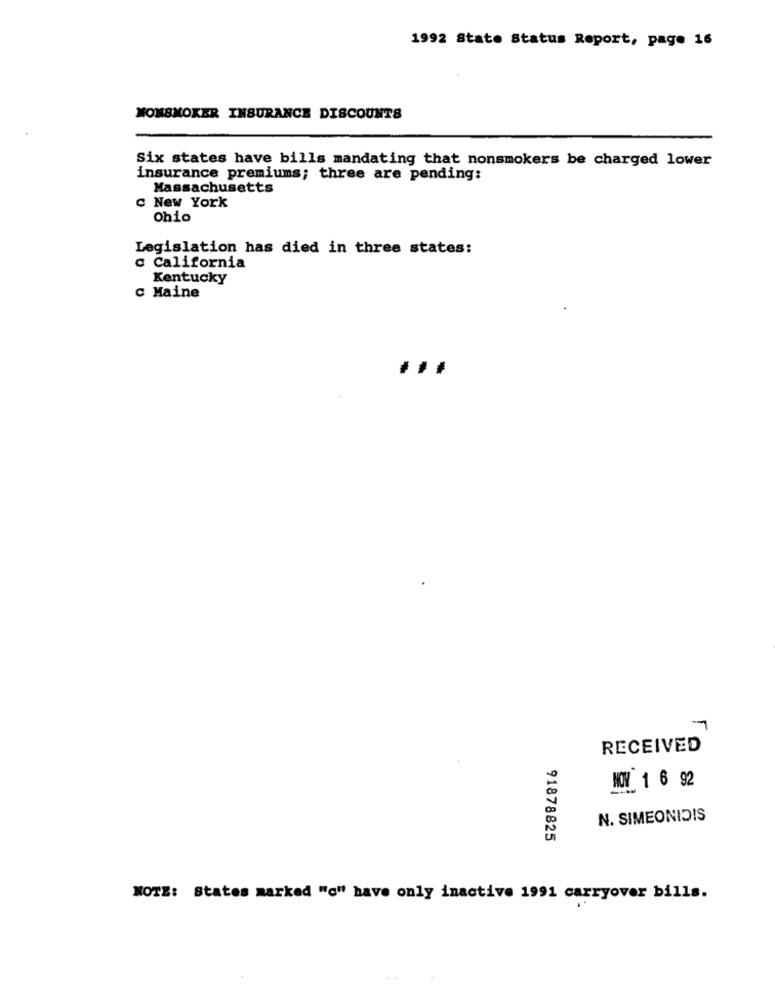
1992 State Status Report, page 16
NONSMOKER INSURANCE DISCOUNTS
Six states have bills mandating that nonsmokers be charged lower
insurance premiums; three are pending:
Massachusetts
C New York
Ohio
Legislation has died in three states:
c California
Kentucky
c Maine
...
7
RECEIVED
WOW 1 6 92
N. SIMEONIDIS
91878825
NOTE: States marked "c" have only inactive 1991 carryover bills.